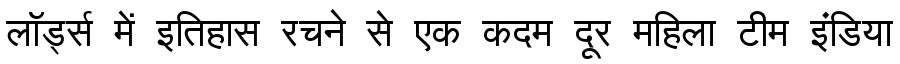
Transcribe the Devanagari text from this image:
लॉर्ड्स में इतिहास रचने से एक कदम दूर महिला टीम इंडिया